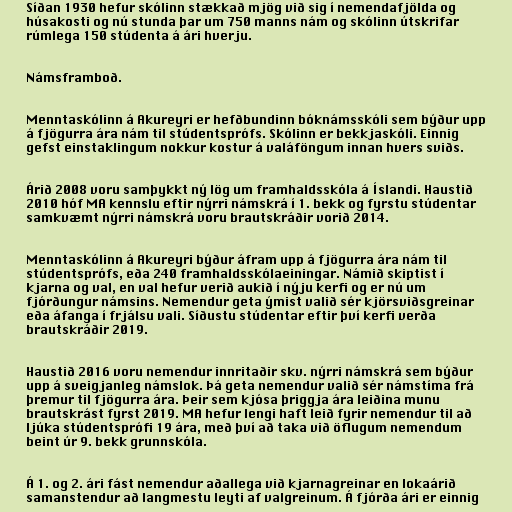
Síðan 1930 hefur skólinn stækkað mjög við sig í nemendafjölda og
húsakosti og nú stunda þar um 750 manns nám og skólinn útskrifar
rúmlega 150 stúdenta á ári hverju.

Námsframboð.

Menntaskólinn á Akureyri er hefðbundinn bóknámsskóli sem býður upp
á fjögurra ára nám til stúdentsprófs. Skólinn er bekkjaskóli. Einnig
gefst einstaklingum nokkur kostur á valáföngum innan hvers sviðs.

Árið 2008 voru samþykkt ný lög um framhaldsskóla á Íslandi. Haustið
2010 hóf MA kennslu eftir nýrri námskrá í 1. bekk og fyrstu stúdentar
samkvæmt nýrri námskrá voru brautskráðir vorið 2014.

Menntaskólinn á Akureyri býður áfram upp á fjögurra ára nám til
stúdentsprófs, eða 240 framhaldsskólaeiningar. Námið skiptist í
kjarna og val, en val hefur verið aukið í nýju kerfi og er nú um
fjórðungur námsins. Nemendur geta ýmist valið sér kjörsviðsgreinar
eða áfanga í frjálsu vali. Síðustu stúdentar eftir því kerfi verða
brautskráðir 2019.

Haustið 2016 voru nemendur innritaðir skv. nýrri námskrá sem býður
upp á sveigjanleg námslok. Þá geta nemendur valið sér námstíma frá
þremur til fjögurra ára. Þeir sem kjósa þriggja ára leiðina munu
brautskrást fyrst 2019. MA hefur lengi haft leið fyrir nemendur til að
ljúka stúdentsprófi 19 ára, með því að taka við öflugum nemendum
beint úr 9. bekk grunnskóla.

Á 1. og 2. ári fást nemendur aðallega við kjarnagreinar en lokaárið
samanstendur að langmestu leyti af valgreinum. Á fjórða ári er einnig